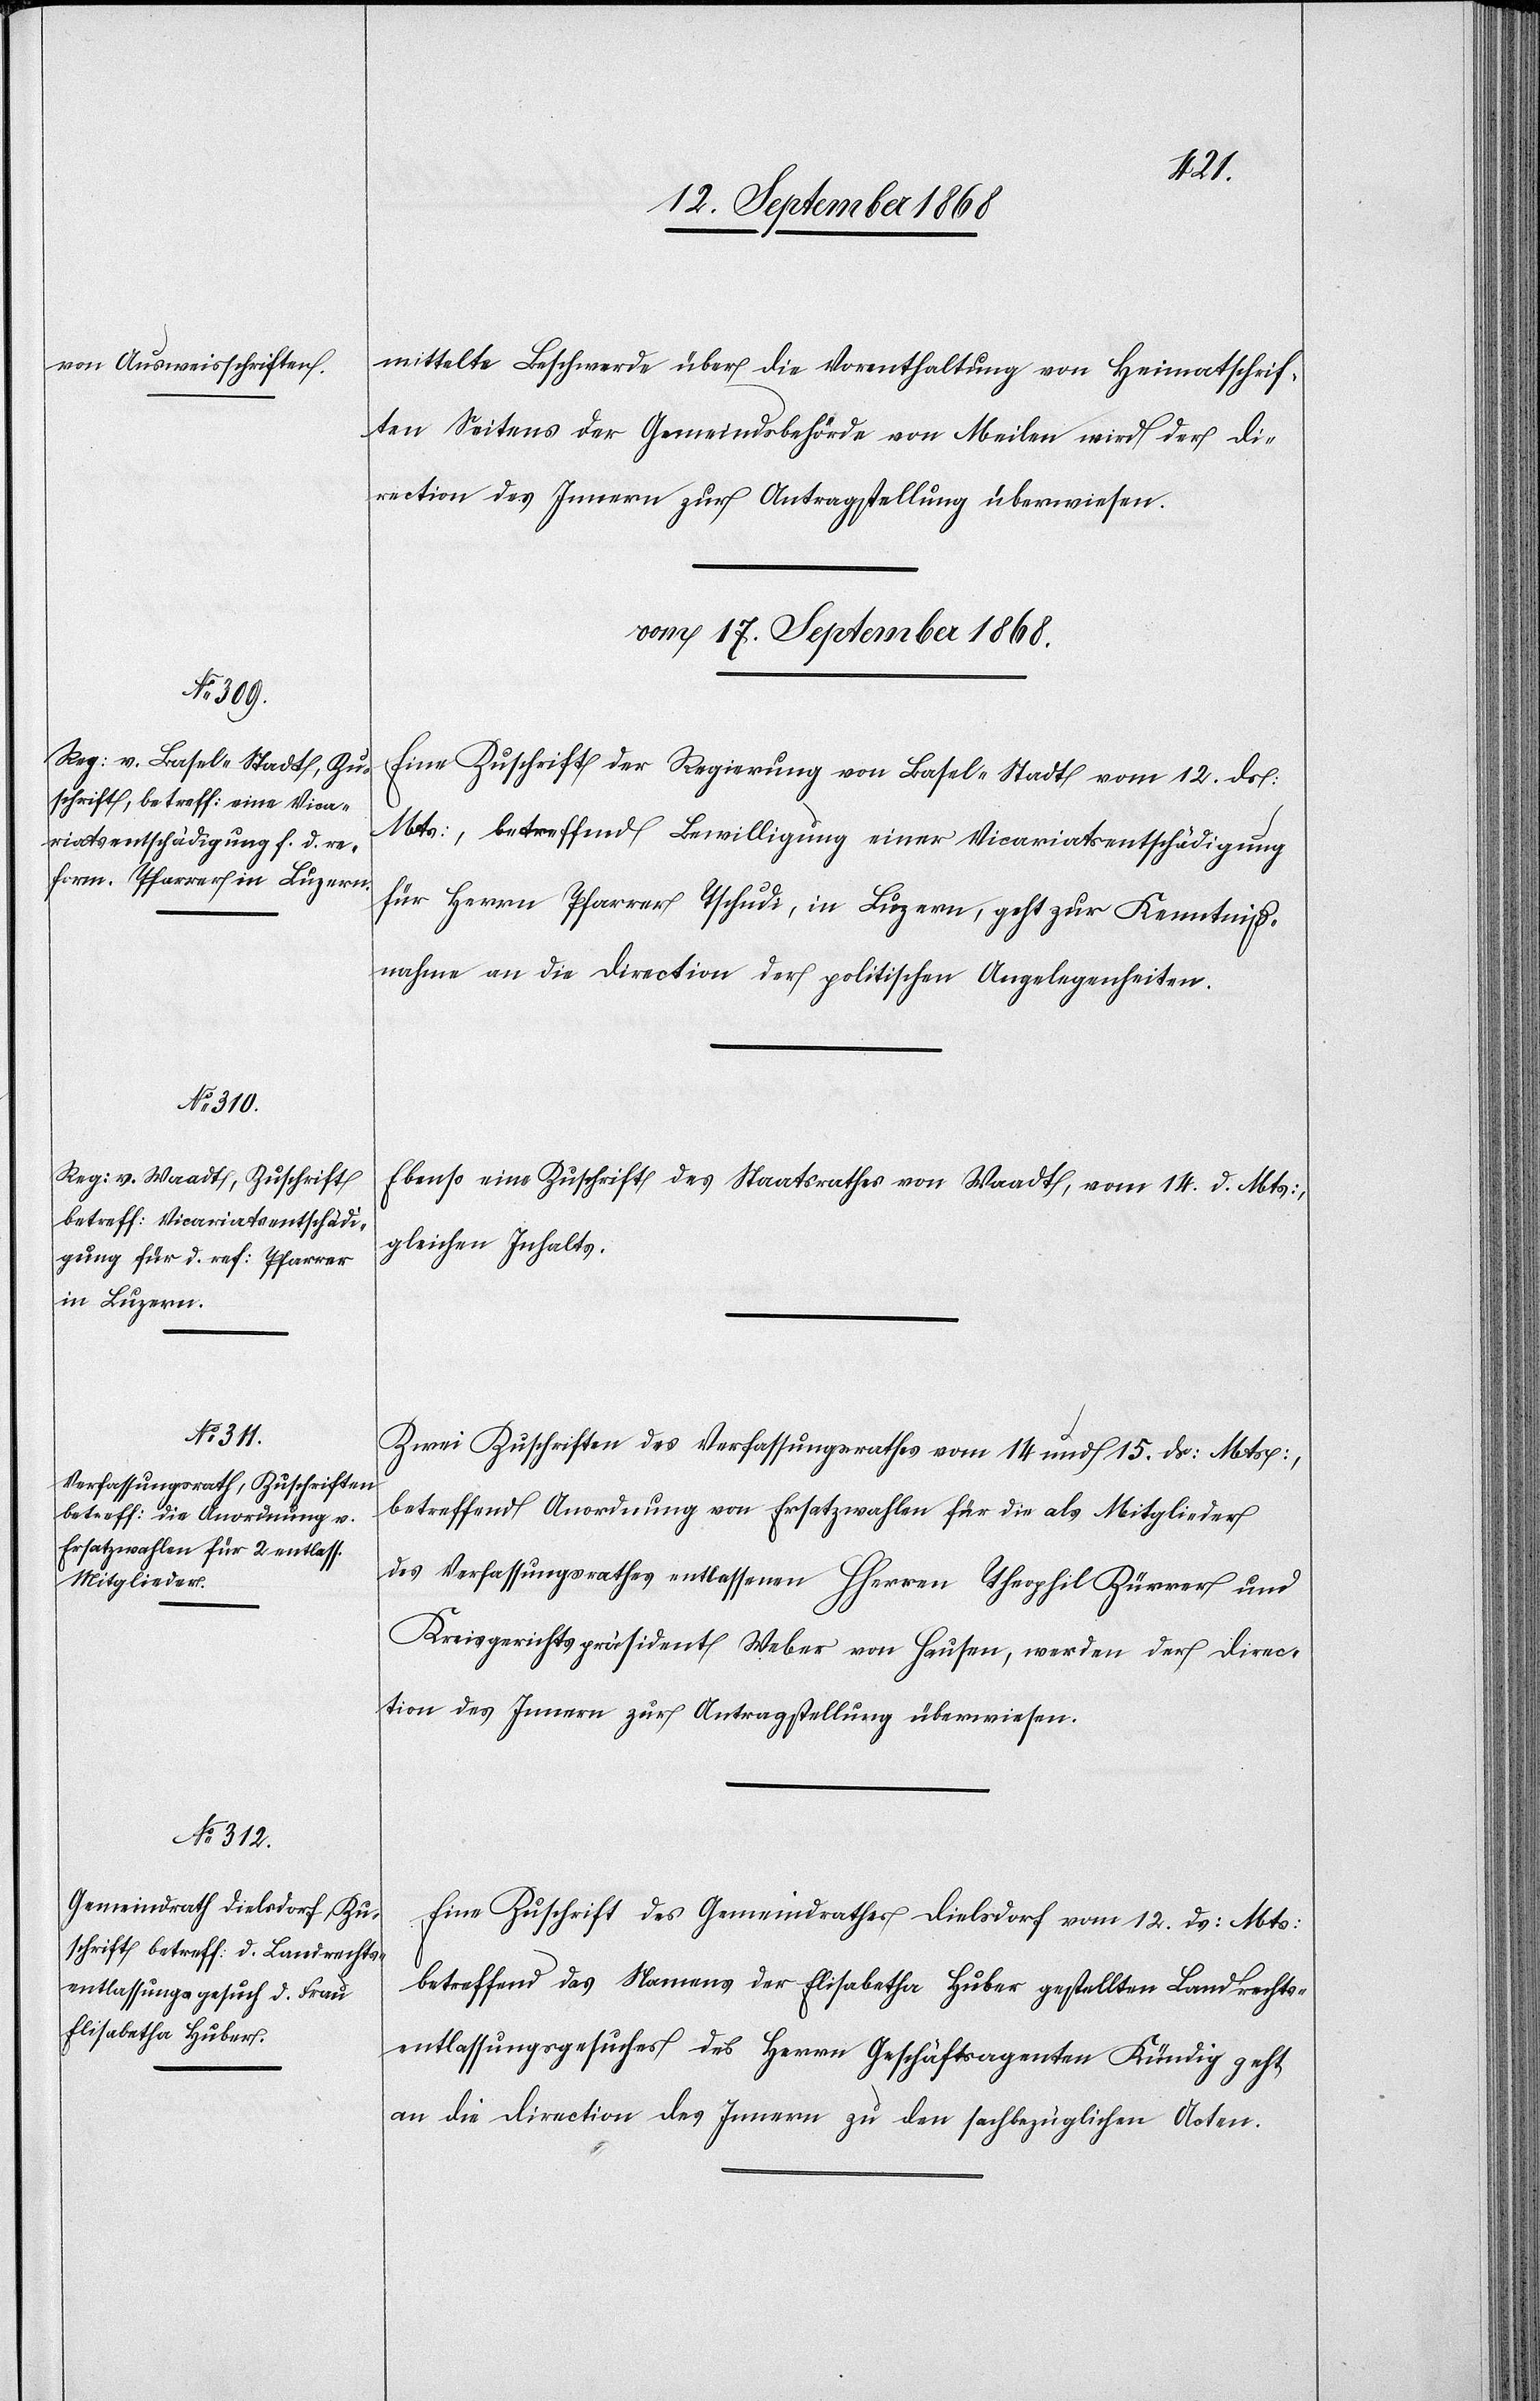
Landrecht¬
Elisabetha Huber

mittelte Beschwerde über die Vorenthaltung von Heimatschrif¬
ten Seitens der Gemeindsbehörde von Meilen wird der Di¬
rection des Innern zur Antragstellung überwiesen.
vom 17. September 1868.]
Eine Zuschrift der Regierung von Basel-Stadt vom 12. ds:
Mts:, betreffend Bewilligung einer Vicariatsentschädigung
für Herrn Pfarrer Tschudi, in Luzern, geht zur Kenntniß¬
nahme an die Direction der politischen Angelegenheiten.
Ebenso eine Zuschrift des Staatsrathes von Waadt, vom 14. d. Mts:,
gleichen Inhalts.
Zwei Zuschriften des Verfassungsrathes vom 14 und 15. ds: Mts:,
betreffend Anordnung von Ersatzwahlen für die als Mitglieder
des Verfassungsrathes entlassenen HHerren Theophil Zürrer und
Kreisgerichtspräsident Weber von Hausen, werden der Direc¬
tion des Innern zur Antragstellung überwiesen.
Eine Zuschrift des Gemeindrathes Dielsdorf vom 12. ds: Mts:
sentlassungsgesuches des Herrn Geschäftsagenten Kündig geht
an die Direction des Innern zu den sachbezüglichen Acten.